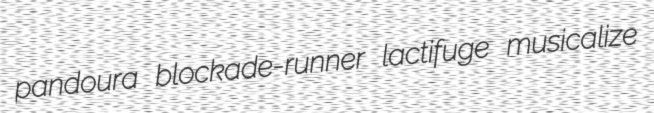
pandoura blockade-runner lactifuge musicalize